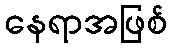
နေရာအဖြစ်